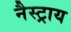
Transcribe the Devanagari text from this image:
नैस्ट्राय